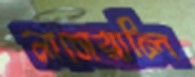
নাসেরালি